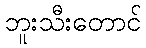
ဘူးသီးတောင်